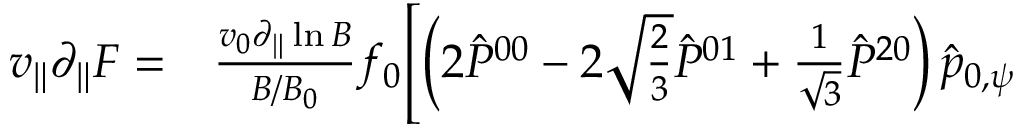
\begin{array} { r l } { v _ { \| } \partial _ { \| } F = } & { { } \frac { v _ { 0 } \partial _ { \| } \ln B } { B / B _ { 0 } } f _ { 0 } \Biggl [ \left( 2 \hat { P } ^ { 0 0 } - 2 \sqrt { \frac { 2 } { 3 } } \hat { P } ^ { 0 1 } + \frac { 1 } { \sqrt { 3 } } \hat { P } ^ { 2 0 } \right) \hat { p } _ { 0 , \psi } } \end{array}